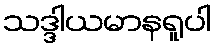
သဒ္ဒါယမာနရူပါ